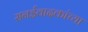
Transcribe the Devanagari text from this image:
सनईवादकांच्या